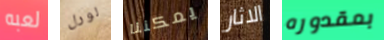
لعبه لورل يمكننا الاثار بمقدوره